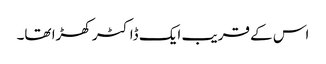
اس کے قریب ایک ڈاکٹر کھڑا تھا۔